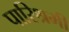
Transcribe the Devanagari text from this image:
पारिश्रमी